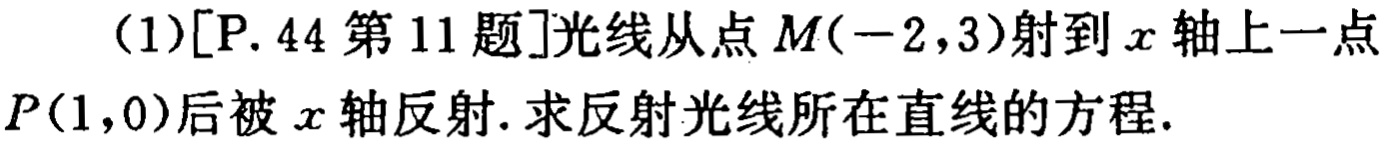
(1)[P. 44 第 11 题]光线从点 \(M(-2,3)\) 射到 \(x\) 轴上一点 \(P(1,0)\) 后被 \(x\) 轴反射. 求反射光线所在直线的方程.